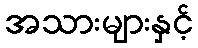
အသားများနှင့်